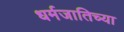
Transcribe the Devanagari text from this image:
धर्मजातिच्या